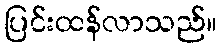
ပြင်းထန်လာသည်။